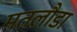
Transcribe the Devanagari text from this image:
मतलौडा